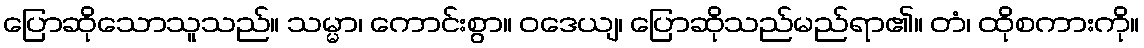
ပြောဆိုသောသူသည်။ သမ္မာ၊ ကောင်းစွာ။ ဝဒေယျ၊ ပြောဆိုသည်မည်ရာ၏။ တံ၊ ထိုစကားကို။